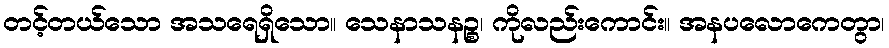
တင့်တယ်သော အသရေရှိသော။ သေနာသနဉ္စ၊ ကိုလည်းကောင်း။ အနပလောကေတွာ၊